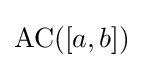
\operatorname {AC} ([a,b])